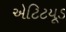
એટિટયૂડ